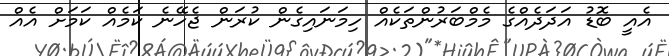
އެއީ ބޮޑު އަދަދެއްގެ މެމްބަރުންތަކެއް ހިމަނައިގެން ކުރަން ޖެހޭނެ ކަމެއް ކަމަށް އެއް